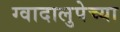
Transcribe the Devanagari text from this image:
ग्वादालुपेच्या